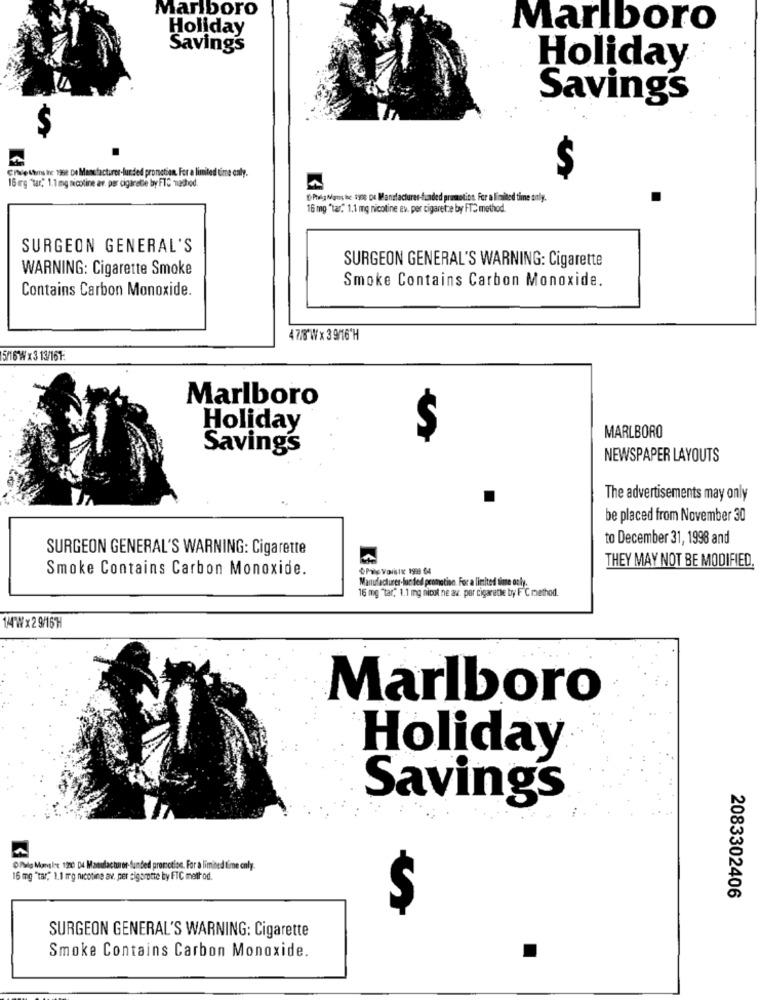
Marlboro
Holiday
Marlboro
Savings
Holiday
Savings
$
Ciale Ums ihre 1998 De Manufacturer-funded promotion. For a limited time only.
S
16 org "tar"" 1.1 mg nicotine av. per cigarette by FTC nachod.
DPhalghans the 1900 De Manufacturer-funded promotion. For a limited time only.
16 mg "tar." 1.1 mg nicotine ev. per cigarette by FTC method.
SURGEON GENERAL'S
SURGEON GENERAL'S WARNING: Cigarette
WARNING: Cigarette Smoke
Smoke Contains Carbon Monoxide.
Contains Carbon Monoxide.
4 7/8"Wx 39/16'H
5/16 Wx313/161:
Marlboro
Holiday
S
MARLBORO
Saving's
NEWSPAPER LAYOUTS
The advertisements may only
be placed from November 30
to December 31, 1998 and
SURGEON GENERAL'S WARNING: Cigarette
THEY MAY NOT BE MODIFIED.
Smoke Contains Carbon Monoxide.
OPile Voristic 1999 64
Manufacturer-lunded promotion. For a limited time only.
16 mg "tar," 1.1 mg nicot ne av. por cigarette by F"℃ method.
144 Wx29/16H
Marlboro
Holiday
Savings
OPalo Mangler 1980 De Manufacturer-funded promotion. For a limited time only.
16 mg "tar," 1.1 mg nicotine av. per sigorotte by FTC method.
2083302406
SURGEON GENERAL'S WARNING: Cigarette
Smoke Contains Carbon Monoxide.